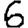
Digit: 6